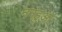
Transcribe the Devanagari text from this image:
ननहुआ